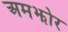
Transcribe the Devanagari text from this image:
अमझोर